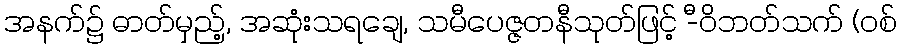
အနက်၌ ဓာတ်မှည့်, အဆုံးသရချေ, သမီပေဇ္ဇတနီသုတ်ဖြင့် -ီဝိဘတ်သက် (ဝစ်